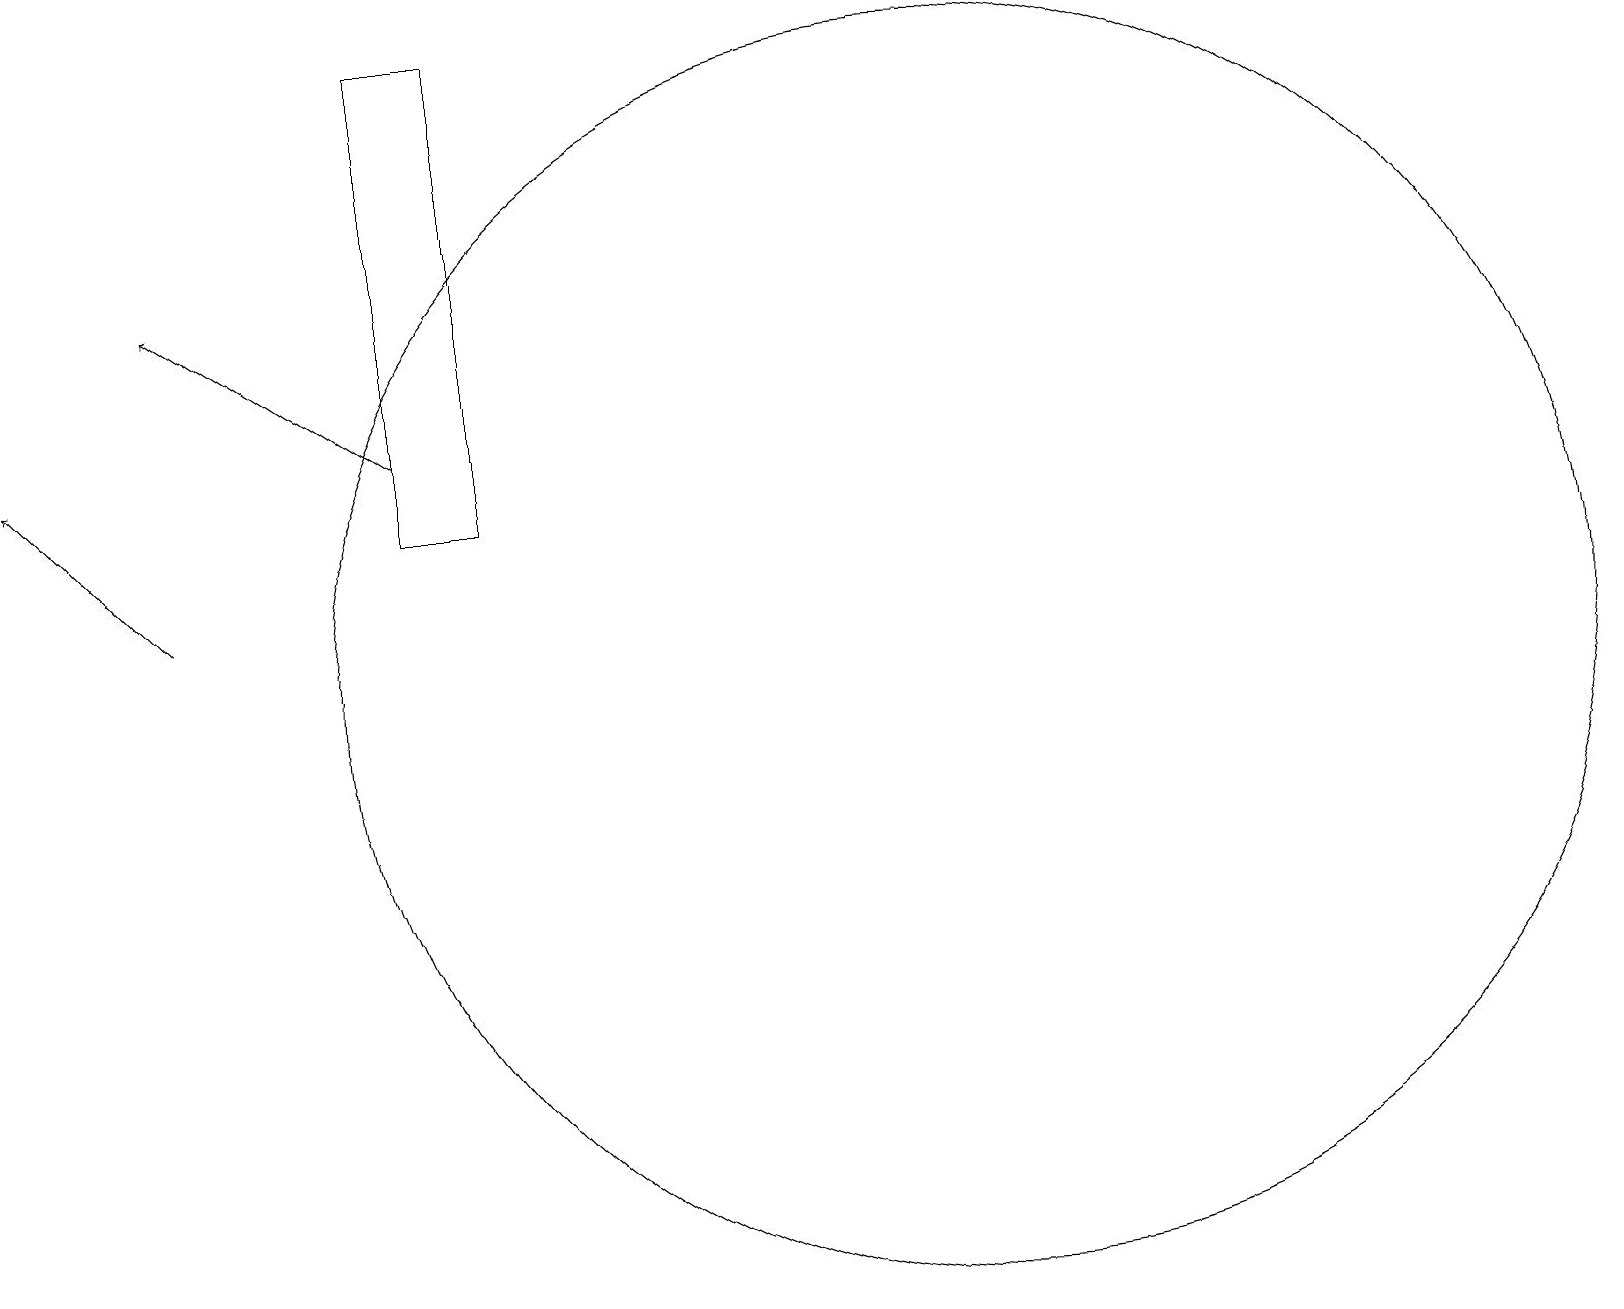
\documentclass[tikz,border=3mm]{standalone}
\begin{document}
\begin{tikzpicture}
\draw (5,19) rectangle (6,13);
\draw (10,10) circle (0);
\draw[->] (2,12) -- (0,14);
\draw[->] (5,14) -- (2,16);
\draw (12,11) circle (8);
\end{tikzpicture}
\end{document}